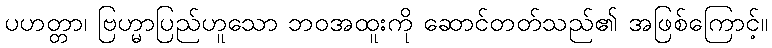
ပဟတ္တာ၊ ဗြဟ္မာပြည်ဟူသော ဘဝအထူးကို ဆောင်တတ်သည်၏ အဖြစ်ကြောင့်။